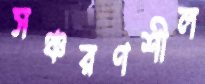
সঞ্চরণশীল